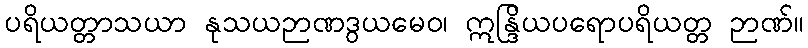
ပရိယတ္တာသယာ နုသယဉာဏဒွယမေဝ၊ ဣန္ဒြိယပရောပရိယတ္တ ဉာဏ်။